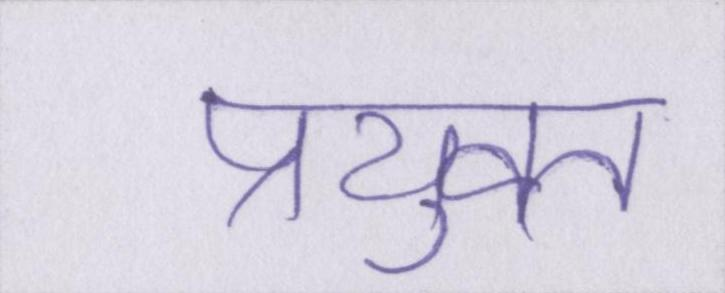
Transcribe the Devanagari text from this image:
प्रयुक्त